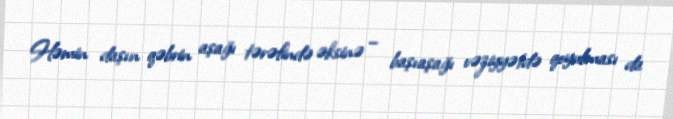
Həmin daşın qəbrin aşağı tərəfində əksinə – başıaşağı vəziyyətdə qoyulması da